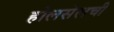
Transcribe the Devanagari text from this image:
होलसेलची